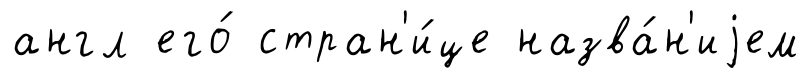
англ его́ стран'и́це назва́н'иjем